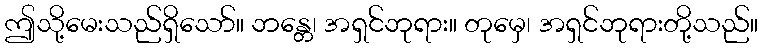
ဤသို့မေးသည်ရှိသော်။ ဘန္တေ၊ အရှင်ဘုရား။ တုမှေ၊ အရှင်ဘုရားတို့သည်။